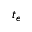
t _ { e }